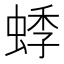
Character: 𬠓